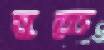
মুত্যৃ